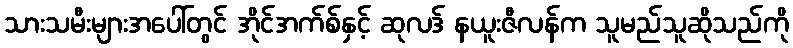
သားသမီးများအပေါ်တွင် အိုင်အက်စ်နှင့် ဆုလဒ် နယူးဇီလန်က သူမည်သူဆိုသည်ကို